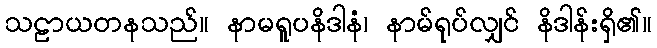
သဠာယတနသည်။ နာမရူပနိဒါနံ၊ နာမ်ရုပ်လျှင် နိဒါန်းရှိ၏။